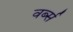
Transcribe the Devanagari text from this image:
वर्ब्स